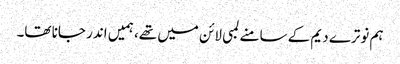
ہم نوترے دیم کے سامنے لمبی لائن میں تھے، ہمیں اندر جانا تھا۔